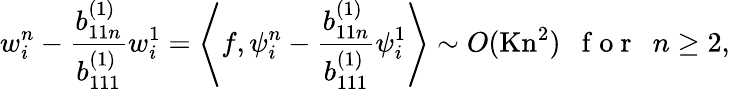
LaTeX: w_{i}^{n}-\frac{b_{11n}^{(1)}}{b_{111}^{(1)}}w_{i}^{1}=\left\langle f,\psi_{i}^{n}-\frac{b_{11n}^{(1)}}{b_{111}^{(1)}}\psi_{i}^{1}\right\rangle\sim O(\mathrm{Kn}^{2})\mathrm{~~~f~o~r~~~}n\geq 2,